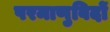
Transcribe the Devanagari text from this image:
परमाणुविदों